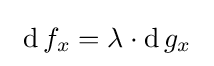
\ \operatorname {d} f_{x}=\lambda \cdot \operatorname {d} g_{x}~